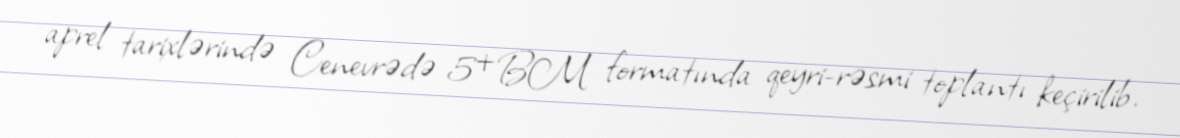
aprel tarixlərində Cenevrədə 5+BM formatında qeyri-rəsmi toplantı keçirilib.